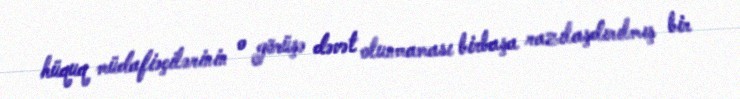
hüquq müdafiəçilərinin o görüşə dəvət olunmaması birbaşa razılaşdırılmış bir